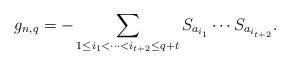
LaTeX: \begin{align*}g_{n,q}=-\sum_{1\le i_1<\cdots<i_{t+2}\le q+t}S_{a_{i_1}}\cdots S_{a_{i_{t+2}}}.\end{align*}